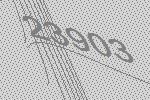
23903